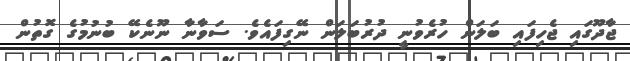
ޖާދޫގައި ޖެހިފައި ބަލަން ހުރެވުނީ ދުރުބަލަން ނޭގިފައެވެ. ސަވާނާ ނޫނެކޭ ބުނުމުގެ ގޮތުން